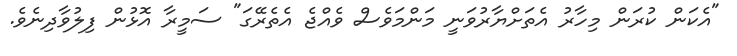
"އެކަން ކުރަން މިހާރު އެތަށްޔާރުވަނީ މަންމަވެސް ވެއްޖެ އެތެރޭގަ" ސަމީރާ އޮޅުން ފިލުވާދިނެވެ.